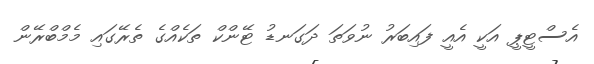
އެސްޓީޕީ އަކީ އެއީ ފައިބަރު ނުވަތަ ދަގަނޑު ޓޭންކް ތަކެއްގެ ތެރޭގައި މެމްބްރޭން